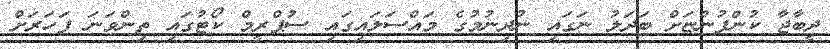
ދީބާޖާ ކުންފުންޏަށް ބަދަލު ނަގައި ނުދިނުމުގެ މައްސަލައިގައި ސުޕްރީމް ކޯޓުގައި ތިންވަނަ ފަހަރަށް